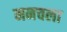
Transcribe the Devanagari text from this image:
मनचला